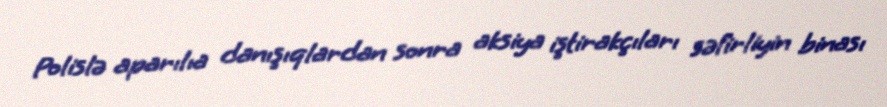
Polislə aparılıa danışıqlardan sonra aksiya iştirakçıları səfirliyin binası